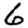
Digit: 6